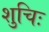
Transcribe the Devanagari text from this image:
शुचिः